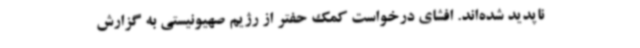
ناپدید شده‌اند. افشای درخواست کمک حفتر از رژیم صهیونیستی به گزارش